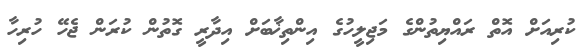
ކުރިއަށް އޮތް ރައްޔިތުންގެ މަޖިލީހުގެ އިންތިޚާބަށް އިދާރީ ގޮތުން ކުރަން ޖެހޭ ހުރިހާ